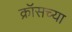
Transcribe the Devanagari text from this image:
क्रॉसच्या